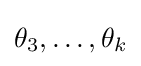
\theta _{3},\ldots ,\theta _{k}